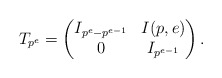
\begin{align*}T_{p^e} = \begin{pmatrix}I_{p^e-p^{e-1}} & I(p,e) \\0 & I_{p^{e-1}}\end{pmatrix}.\end{align*}